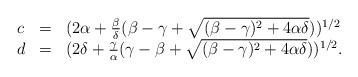
LaTeX: \begin{align*} \begin{array}{lll} c & = & (2\alpha + \frac{\beta}{\delta} (\beta-\gamma + \sqrt{(\beta-\gamma)^2 + 4 \alpha \delta}))^{1/2} \\ d & = & (2\delta + \frac{\gamma}{\alpha} (\gamma-\beta + \sqrt{(\beta-\gamma)^2 + 4 \alpha \delta}))^{1/2}. \end{array}\end{align*}